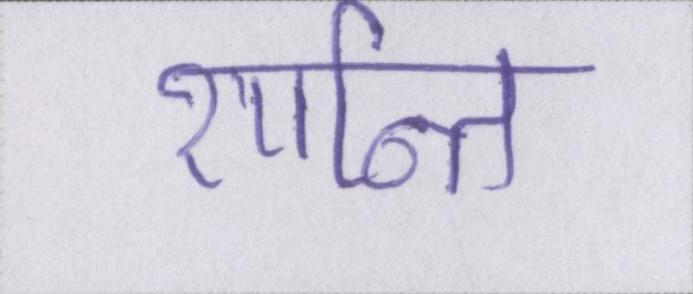
शान्ति